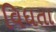
વિધતા